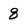
Character: 8